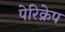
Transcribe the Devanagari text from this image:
पेरिक्रेप